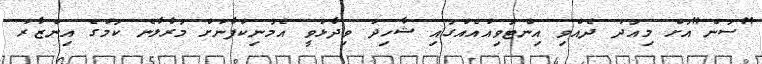
"ސަން"އަށް މިއަދު ދެއްވި އިންޓަވިއުއެއްގައި ޝާހިދު ވިދާޅުވީ އެމަނިކުފާނަށް މަރާލާނެ ކަމުގެ އިންޒާރު